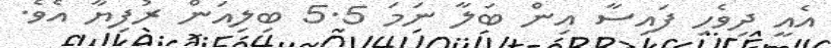
އެއީ ދިވެހި ފައިސާ އިން ބަލާ ނަމަ 5.5 ބިލިއަން ރުފިޔާ އެވެ.